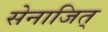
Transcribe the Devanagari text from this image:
सेनाजित्